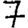
Digit: 7